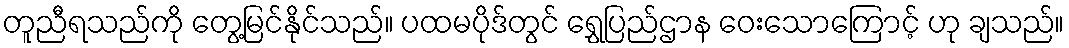
တူညီရသည်ကို တွေ့မြင်နိုင်သည်။ ပထမပိုဒ်တွင် ရွှေပြည်ဌာန ဝေးသောကြောင့် ဟု ချသည်။